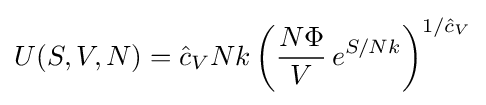
U(S,V,N)={\hat {c}}_{V}Nk\left({\frac {N\Phi }{V}}\,e^{S/Nk}\right)^{1/{\hat {c}}_{V}}